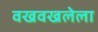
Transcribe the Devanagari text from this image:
वखवखलेला